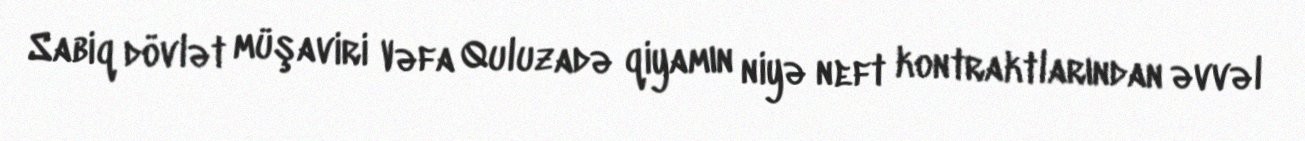
Sabiq dövlət müşaviri Vəfa Quluzadə qiyamın niyə neft kontraktlarından əvvəl